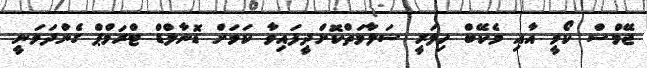
ޖޭމްސް ކޯމީ އާއި މެކޭބް ހިލަރީ ސަލާމަތްކޮށްދީފައިވާ ކަމަށް ޑޮނާލްޑް ޓްރަމްޕް ގެންދަވަނީ